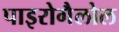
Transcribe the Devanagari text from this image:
पाइरोगैलोल